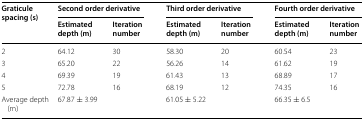
<table><thead><tr><td rowspan="2"><b>Graticule spacing (s)</b></td><td colspan="2"><b>Second order derivative</b></td><td colspan="2"><b>Third order derivative</b></td><td colspan="2"><b>Fourth order derivative</b></td></tr><tr><td><b>Estimated depth (m)</b></td><td><b>Iteration number</b></td><td><b>Estimated depth (m)</b></td><td><b>Iteration number</b></td><td><b>Estimated depth (m)</b></td><td><b>Iteration number</b></td></tr></thead><tbody><tr><td>2</td><td>64.12</td><td>30</td><td>58.30</td><td>20</td><td>60.54</td><td>23</td></tr><tr><td>3</td><td>65.20</td><td>22</td><td>56.26</td><td>14</td><td>61.62</td><td>19</td></tr><tr><td>4</td><td>69.39</td><td>19</td><td>61.43</td><td>13</td><td>68.89</td><td>17</td></tr><tr><td>5</td><td>72.78</td><td>16</td><td>68.19</td><td>12</td><td>74.35</td><td>16</td></tr><tr><td>Average depth (m)</td><td>67.87 ± 3.99</td><td></td><td>61.05 ± 5.22</td><td></td><td>66.35 ± 6.5</td><td></td></tr></tbody></table>